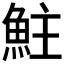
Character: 𩶃